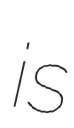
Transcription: is